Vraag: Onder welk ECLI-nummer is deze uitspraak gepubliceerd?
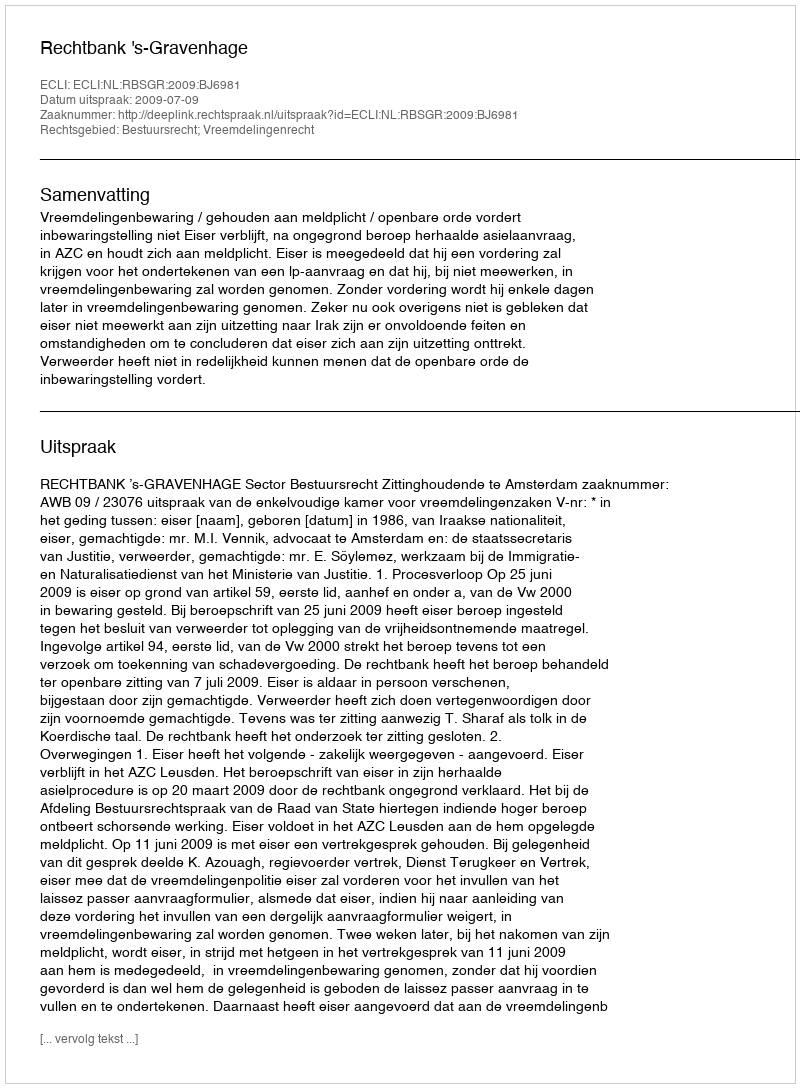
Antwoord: ECLI:NL:RBSGR:2009:BJ6981